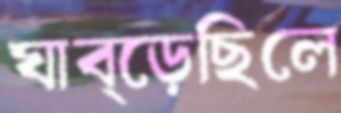
ঘাব্‌ড়েছিলে